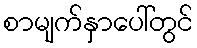
စာမျက်နှာပေါ်တွင်